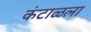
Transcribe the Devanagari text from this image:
कंटाळला